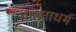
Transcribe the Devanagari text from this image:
पतिव्रताधर्म